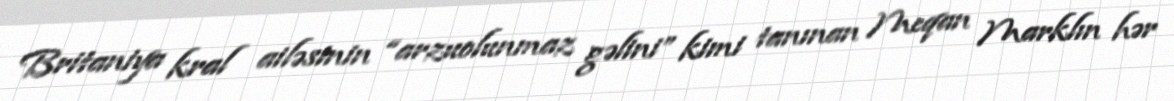
Britaniya kral ailəsinin “arzuolunmaz gəlini” kimi tanınan Meqan Marklın hər